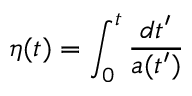
\eta ( t ) = \int _ { 0 } ^ { t } { \frac { d t ^ { \prime } } { a ( t ^ { \prime } ) } }